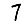
Digit: 7